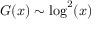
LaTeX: G ( x ) \sim \log ^ { 2 } ( x )